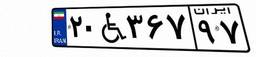
۲۰W۳۶۷۹۷